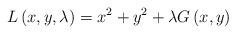
LaTeX: \begin{align*}L\left( {x,y,\lambda} \right) = x^2 + y^2 + \lambda G\left( {x,y} \right)\end{align*}